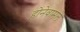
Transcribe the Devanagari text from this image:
होनेवामले